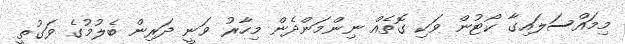
މިމައްސަލައިގާ ކޯޓުން ވަކި ގޮތެއް ނިންމަންދެން މިހާރު ވަނީ ދަރިން ބެލުމުގެ ވަގުތީ